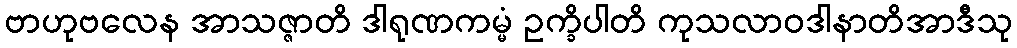
ဗာဟုဗလေန အာသဇ္ဇာတိ ဒါရုဏကမ္မံ ဥက္ခိပါတိ ကုသလာဝဒါနာတိအာဒီသု